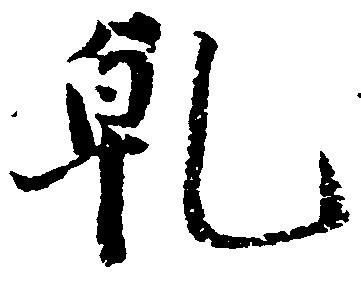
乾